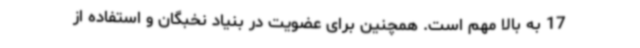
17 به بالا مهم است. همچنین برای عضویت در بنیاد نخبگان و استفاده از